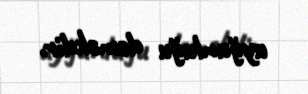
uyğunluğu deməkdir.